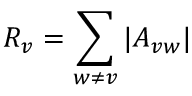
R _ { v } = \sum _ { w \neq v } | A _ { v w } |